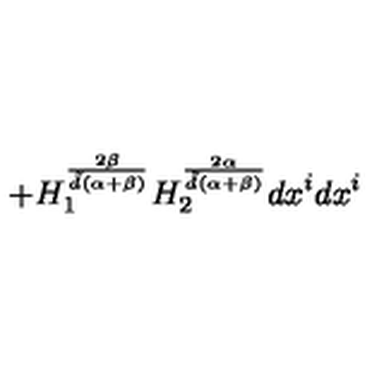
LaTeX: + H _ { 1 } ^ { \frac { 2 \beta } { { \tilde { d } } ( \alpha + \beta ) } } H _ { 2 } ^ { \frac { 2 \alpha } { { \tilde { d } } ( \alpha + \beta ) } } d x ^ { i } d x ^ { i }